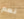
نعم